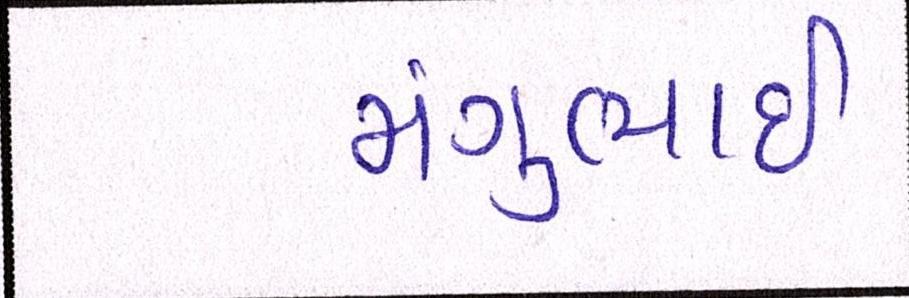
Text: મંગુભાઇ